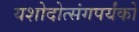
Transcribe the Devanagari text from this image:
यशोदोत्संगपर्यंको